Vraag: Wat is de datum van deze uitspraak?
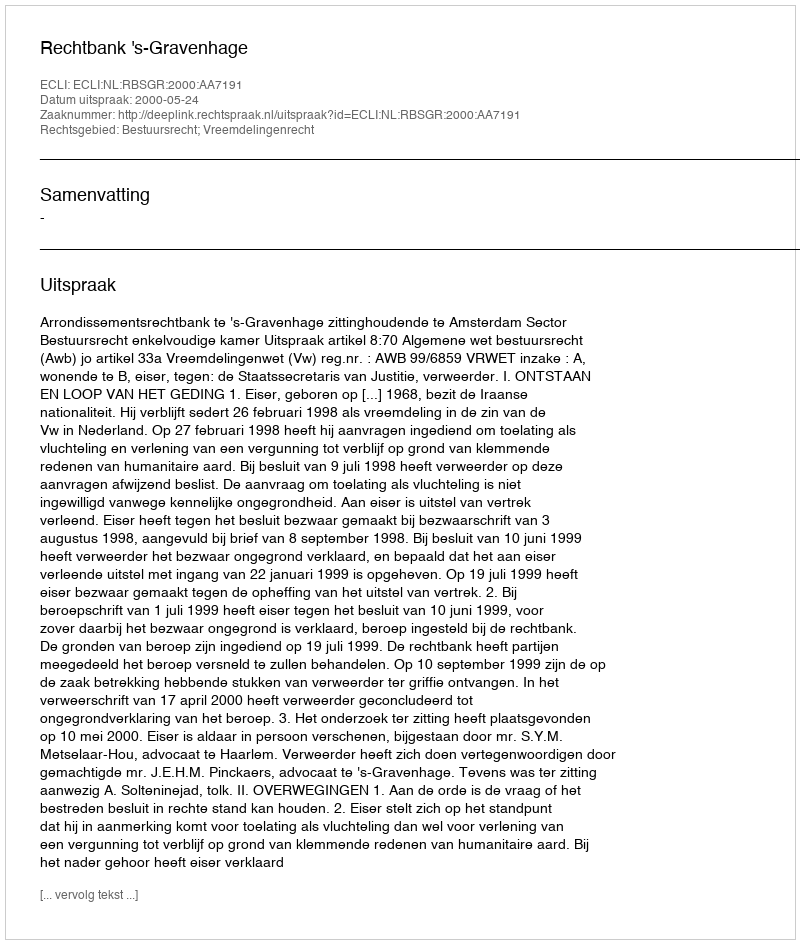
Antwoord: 2000-05-24